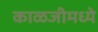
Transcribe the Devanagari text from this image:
काळजीमध्ये